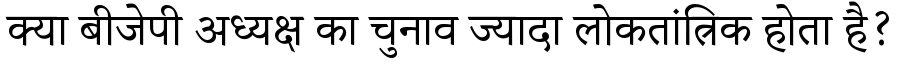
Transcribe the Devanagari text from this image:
क्या बीजेपी अध्यक्ष का चुनाव ज्यादा लोकतांत्रिक होता है?